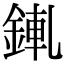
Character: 錷